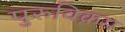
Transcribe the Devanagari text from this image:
पुरुविक्रम